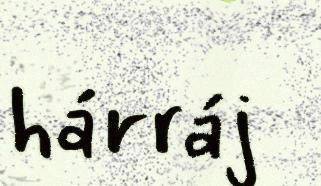
hárráj